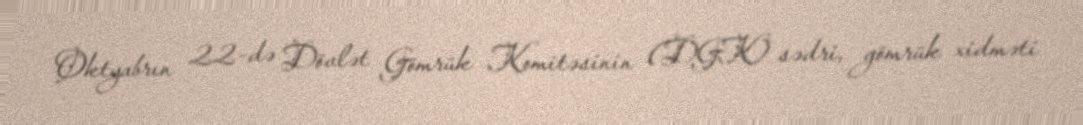
Oktyabrın 22-də Dövlət Gömrük Komitəsinin (DGK) sədri, gömrük xidməti